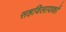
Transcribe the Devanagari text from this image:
सहविलायकों